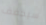
سيخفف